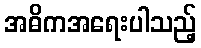
အဓိကအရေးပါသည့်